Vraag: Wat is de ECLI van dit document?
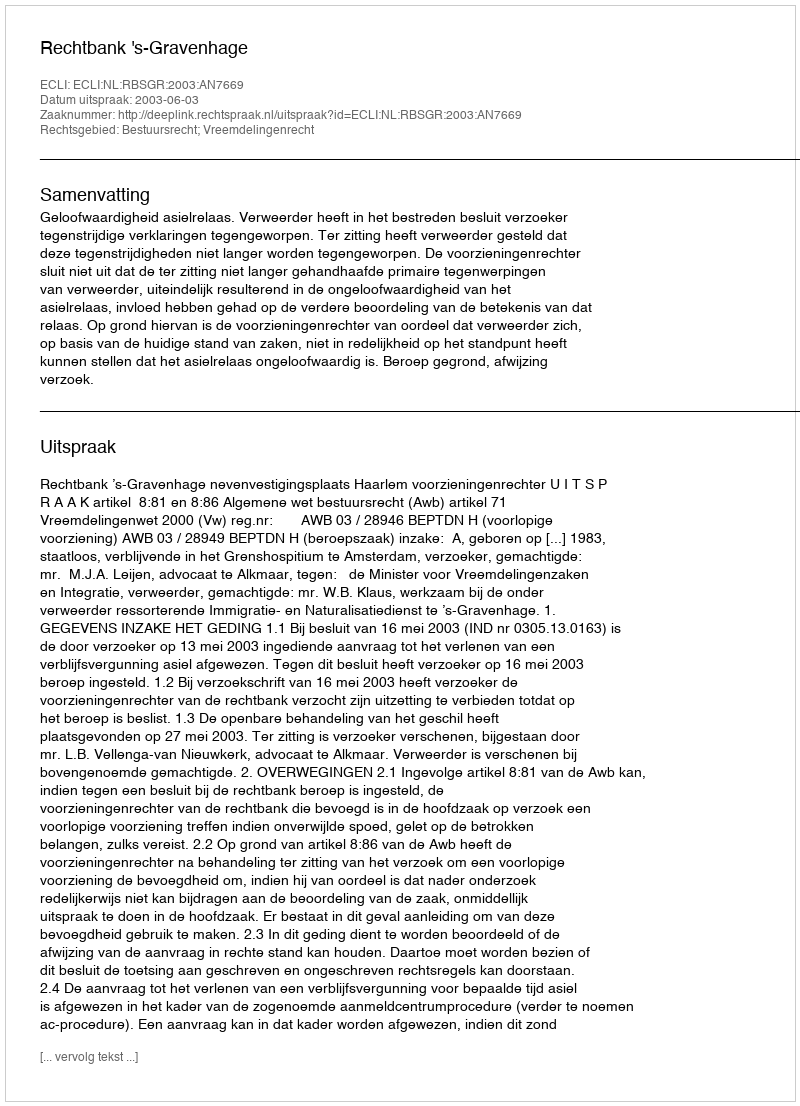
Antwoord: ECLI:NL:RBSGR:2003:AN7669